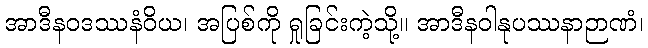
အာဒီနဝဒဿနံဝိယ၊ အပြစ်ကို ရှုခြင်းကဲ့သို့။ အာဒီနဝါနုပဿနာဉာဏံ၊